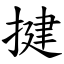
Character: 揵